Theory and practice of anti-rabic immunisation - Number 30
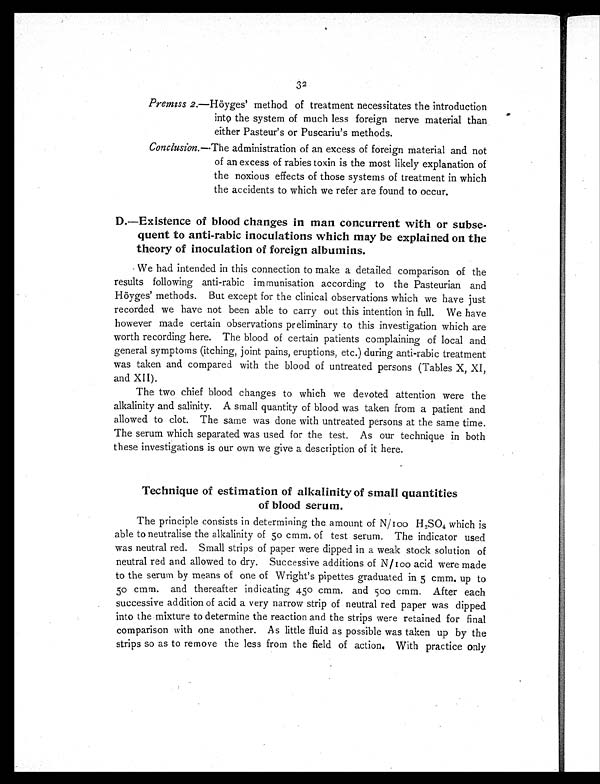
32
Premiss 2.—Höyges' method of treatment necessitates the introduction
into the system of much less foreign nerve material than
either Pasteur's or Puscariu's methods.
Conclusion. —The administration of an excess of foreign material and not
of an excess of rabies toxin is the most likely explanation of
the noxious effects of those systems of treatment in which
the accidents to which we refer are found to occur.
D.—Existence of blood changes in man concurrent with or subse-
quent to anti-rabic inoculations which may be explained on the
theory of inoculation of foreign albumins.
We had intended in this connection to make a detailed comparison of the
results following anti-rabic immunisation according to the Pasteurian and
Höyges' methods. But except for the clinical observations which we have just
recorded we have not been able to carry out this intention in full. We have
however made certain observations preliminary to this investigation which are
worth recording here. The blood of certain patients complaining of local and
general symptoms (itching, joint pains, eruptions, etc.) during anti-rabic treatment
was taken and compared with the blood of untreated persons (Tables X, XI,
and XII).
The two chief blood changes to which we devoted attention were the
alkalinity and salinity. A small quantity of blood was taken from a patient and
allowed to clot. The same was done with untreated persons at the same time.
The serum which separated was used for the test. As our technique in both
these investigations is our own we give a description of it here.
Technique of estimation of alkalinity of small quantities
of blood serum.
The principle consists in determining the amount of N/100 H 2SO4 which is
able to neutralise the alkalinity of 50 cmm. of test serum. The indicator used
was neutral red. Small strips of paper were dipped in a weak stock solution of
neutral red and allowed to dry. Successive additions of N/100 acid were made
to the serum by means of one of Wright's pipettes graduated in 5 cmm. up to
50 cmm. and thereafter indicating 450 cmm. and 500 cmm. After each
successive addition of acid a very narrow strip of neutral red paper was dipped
into the mixture to determine the reaction and the strips were retained for final
comparison with one another. As little fluid as possible was taken up by the
strips so as to remove the less from the field of action. With practice only